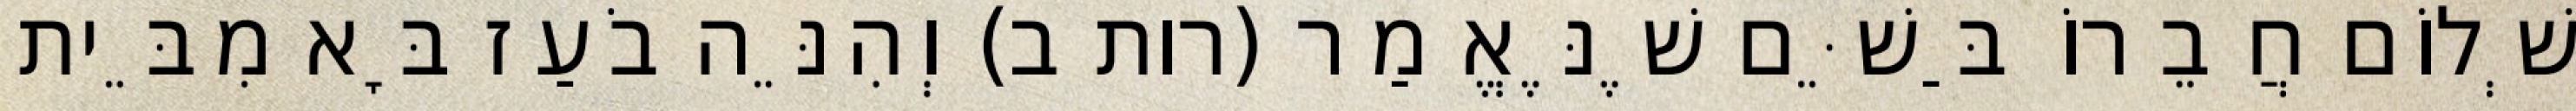
שְׁלוֹם חֲבֵרוֹ בַּשֵּׁם שֶׁנֶּאֱמַר (רות ב) וְהִנֵּה בֹעַז בָּא מִבֵּית